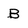
Character: B